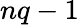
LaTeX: nq-1